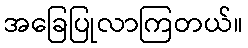
အခြေပြုလာကြတယ်။